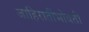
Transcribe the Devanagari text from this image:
जाहिरातींभोवती